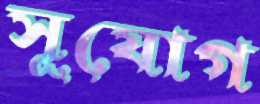
সূযোগ